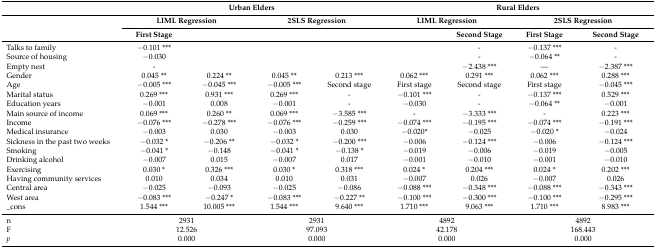
<table><thead><tr><td></td><td colspan="4"><b>Urban Elders</b></td><td colspan="4"><b>Rural Elders</b></td></tr><tr><td rowspan="2"></td><td colspan="2"><b>LIML Regression</b></td><td colspan="2"><b>2SLS Regression</b></td><td colspan="2"><b>LIML Regression</b></td><td colspan="2"><b>2SLS Regression</b></td></tr><tr><td><b>First Stage</b></td><td></td><td></td><td></td><td></td><td><b>Second Stage</b></td><td><b>First Stage</b></td><td><b>Second Stage</b></td></tr></thead><tbody><tr><td>Talks to family</td><td>−0.101 ***</td><td></td><td></td><td></td><td></td><td>-</td><td>−0.137 ***</td><td>-</td></tr><tr><td>Source of housing</td><td>−0.030</td><td></td><td></td><td></td><td></td><td>-</td><td>−0.064 **</td><td>-</td></tr><tr><td>Empty nest</td><td>-</td><td></td><td></td><td></td><td></td><td>−2.438 ***</td><td>—</td><td>−2.387 ***</td></tr><tr><td>Gender</td><td>0.045 **</td><td>0.224 **</td><td>0.045 **</td><td>0.213 ***</td><td>0.062 ***</td><td>0.291 ***</td><td>0.062 ***</td><td>0.288 ***</td></tr><tr><td>Age</td><td>−0.005 ***</td><td>−0.045 ***</td><td>−0.005 ***</td><td>Second stage</td><td>First stage</td><td>Second stage</td><td>First stage</td><td>−0.045 ***</td></tr><tr><td>Marital status</td><td>0.269 ***</td><td>0.931 ***</td><td>0.269 ***</td><td>-</td><td>−0.101 ***</td><td>-</td><td>−0.137 ***</td><td>0.529 ***</td></tr><tr><td>Education years</td><td>−0.001</td><td>0.008</td><td>−0.001</td><td>-</td><td>−0.030</td><td>-</td><td>−0.064 **</td><td>−0.001</td></tr><tr><td>Main source of income</td><td>0.069 ***</td><td>0.260 **</td><td>0.069 ***</td><td>−3.585 ***</td><td>-</td><td>−3.333 ***</td><td>-</td><td>0.223 ***</td></tr><tr><td>Income</td><td>−0.076 ***</td><td>−0.278 ***</td><td>−0.076 ***</td><td>−0.259 ***</td><td>−0.074 ***</td><td>−0.195 ***</td><td>−0.074 ***</td><td>−0.191 ***</td></tr><tr><td>Medical insurance</td><td>−0.003</td><td>0.030</td><td>−0.003</td><td>0.030</td><td>−0.020*</td><td>−0.025</td><td>−0.020 *</td><td>−0.024</td></tr><tr><td>Sickness in the past two weeks</td><td>−0.032 *</td><td>−0.206 **</td><td>−0.032 *</td><td>−0.200 ***</td><td>−0.006</td><td>−0.124 ***</td><td>−0.006</td><td>−0.124 ***</td></tr><tr><td>Smoking</td><td>−0.041 *</td><td>−0.148</td><td>−0.041 *</td><td>−0.138 *</td><td>−0.019</td><td>−0.006</td><td>−0.019</td><td>−0.005</td></tr><tr><td>Drinking alcohol</td><td>−0.007</td><td>0.015</td><td>−0.007</td><td>0.017</td><td>−0.001</td><td>−0.010</td><td>−0.001</td><td>−0.010</td></tr><tr><td>Exercising</td><td>0.030 *</td><td>0.326 ***</td><td>0.030 *</td><td>0.318 ***</td><td>0.024 *</td><td>0.204 ***</td><td>0.024 *</td><td>0.202 ***</td></tr><tr><td>Having community services</td><td>0.010</td><td>0.034</td><td>0.010</td><td>0.031</td><td>−0.007</td><td>0.026</td><td>−0.007</td><td>0.026</td></tr><tr><td>Central area</td><td>−0.025</td><td>−0.093</td><td>−0.025</td><td>−0.086</td><td>−0.088 ***</td><td>−0.348 ***</td><td>−0.088 ***</td><td>−0.343 ***</td></tr><tr><td>West area</td><td>−0.083 ***</td><td>−0.247 *</td><td>−0.083 ***</td><td>−0.227 **</td><td>−0.100 ***</td><td>−0.300 ***</td><td>−0.100 ***</td><td>−0.295 ***</td></tr><tr><td>_cons</td><td>1.544 ***</td><td>10.005 ***</td><td>1.544 ***</td><td>9.640 ***</td><td>1.710 ***</td><td>9.063 ***</td><td>1.710 ***</td><td>8.983 ***</td></tr><tr><td>n</td><td colspan="2">2931</td><td colspan="2">2931</td><td colspan="2">4892</td><td colspan="2">4892</td></tr><tr><td>F</td><td colspan="2">12.526</td><td colspan="2">97.093</td><td colspan="2">42.178</td><td colspan="2">168.443</td></tr><tr><td><i>p</i></td><td colspan="2">0.000</td><td colspan="2">0.000</td><td colspan="2">0.000</td><td colspan="2">0.000</td></tr></tbody></table>